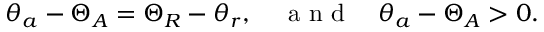
\theta _ { a } - \Theta _ { A } = \Theta _ { R } - \theta _ { r } , \quad \textrm { a n d } \quad \theta _ { a } - \Theta _ { A } > 0 .